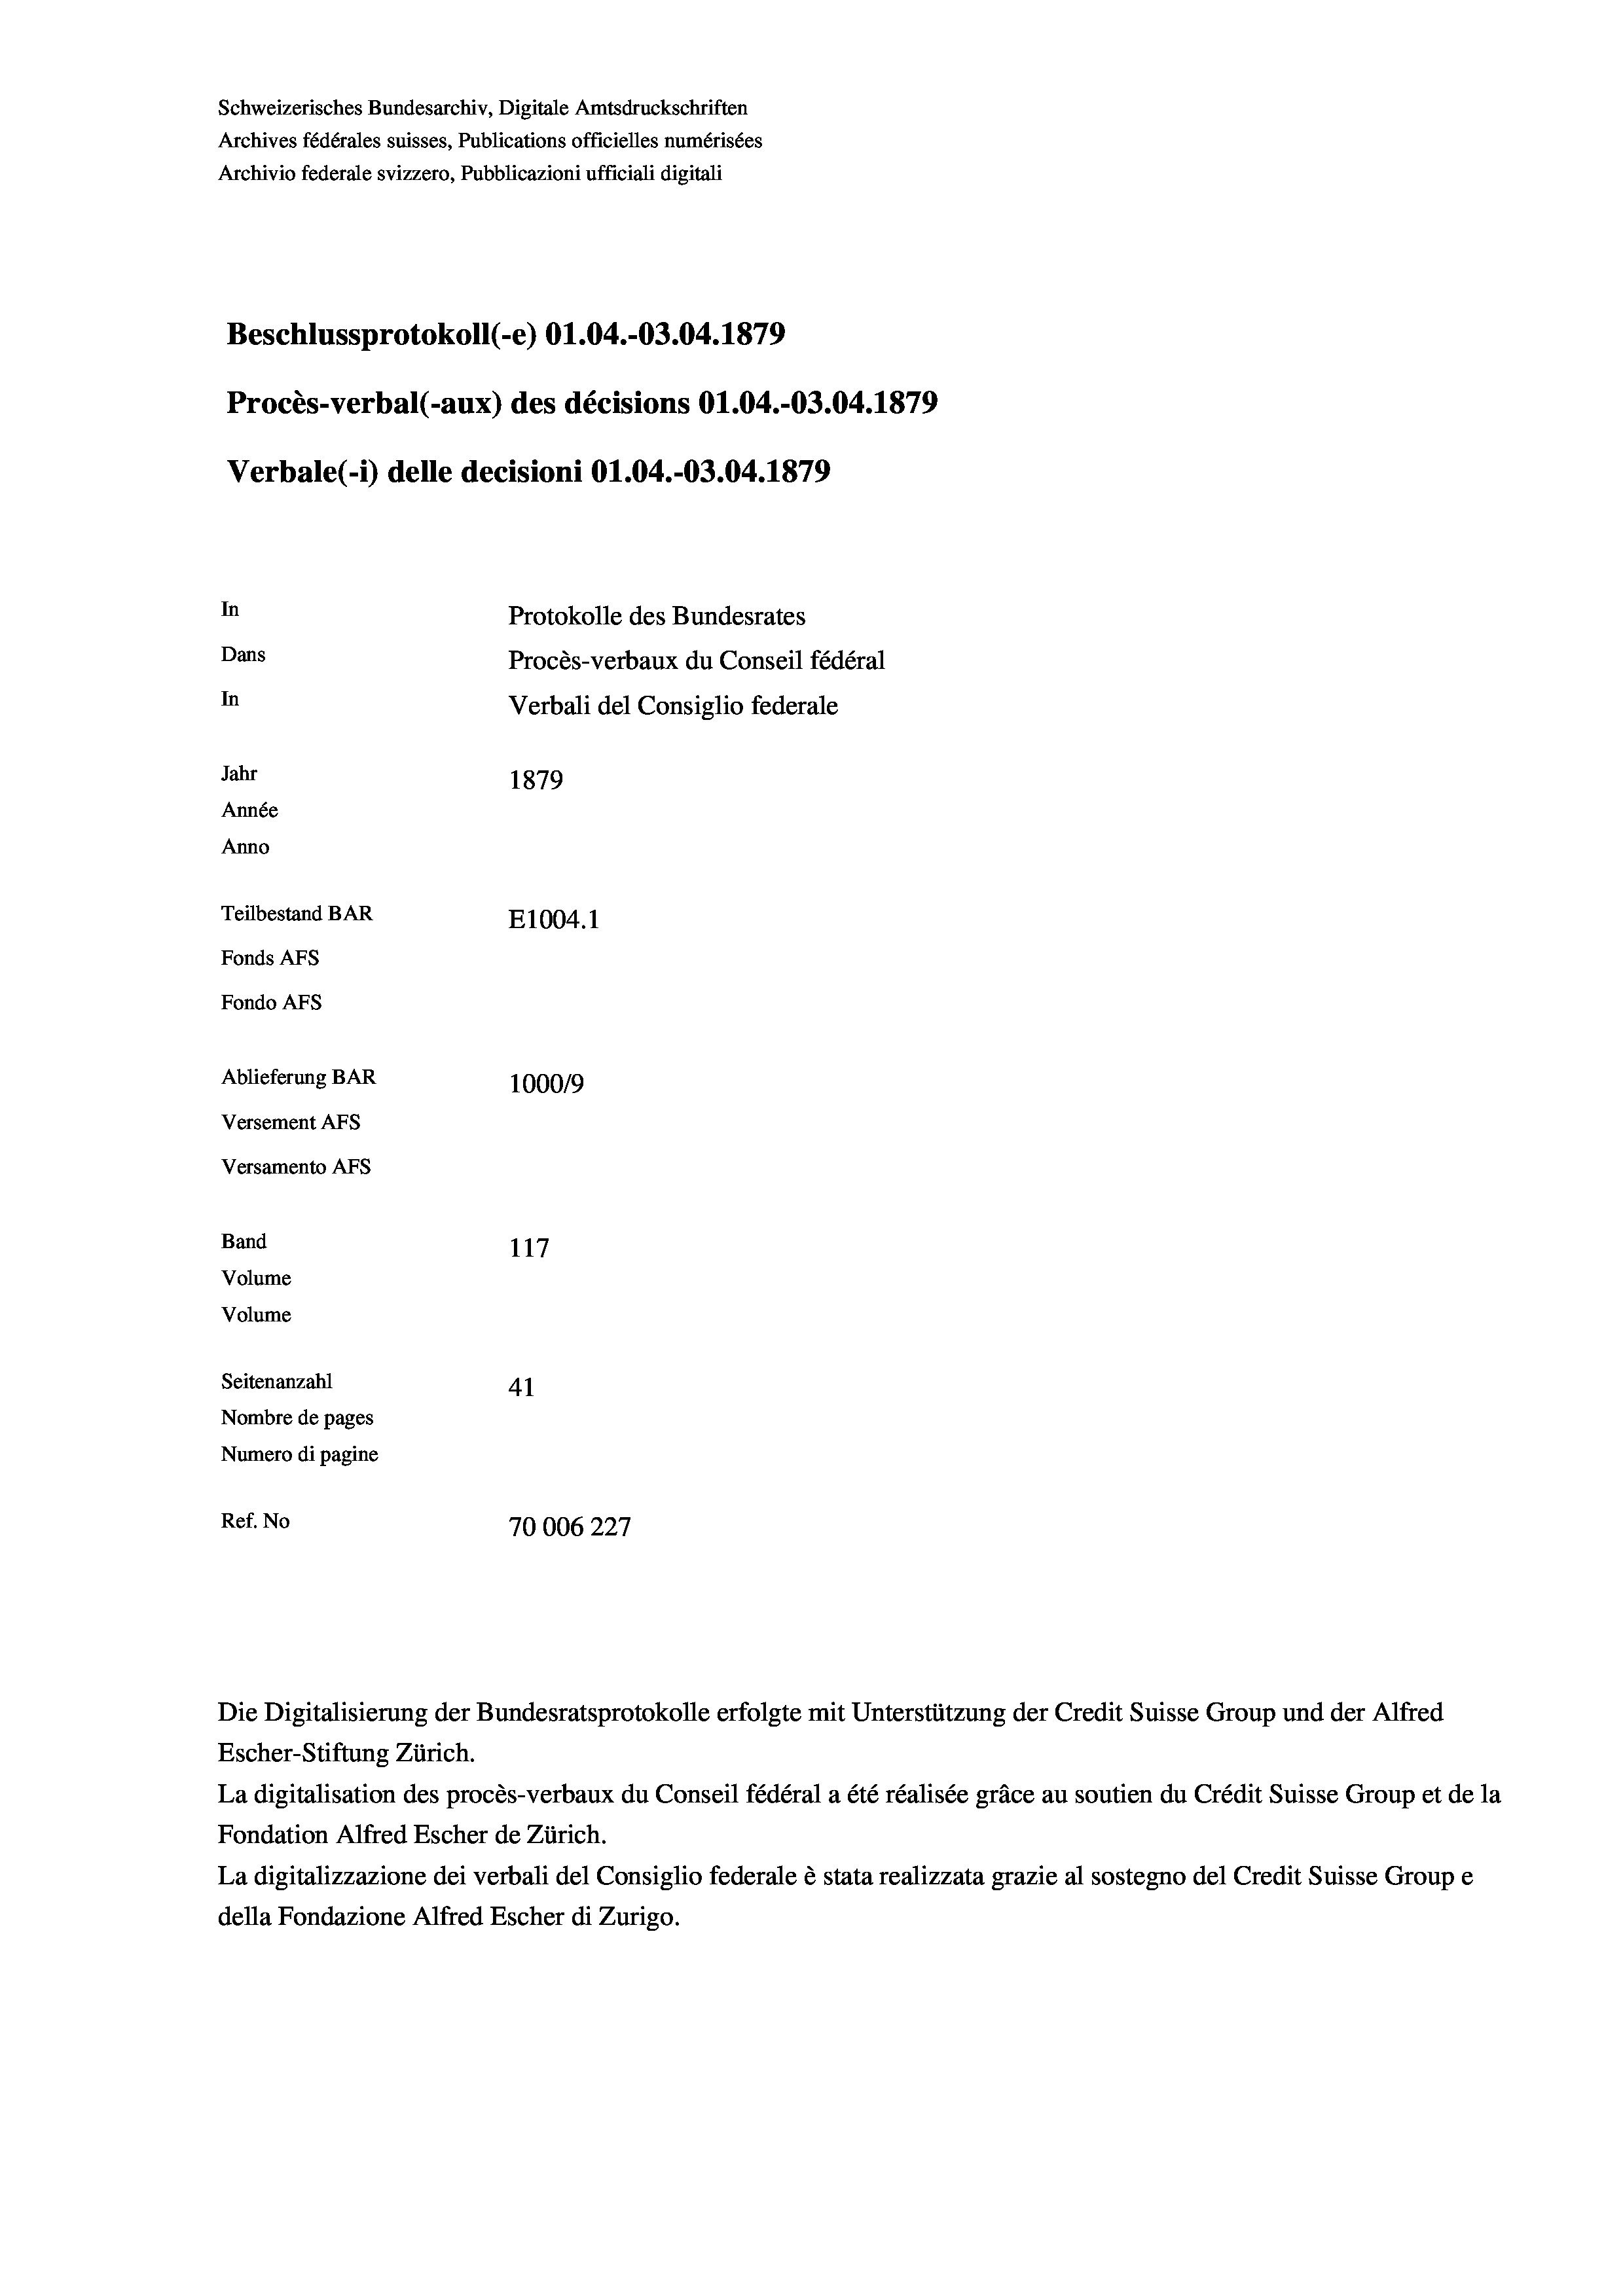
Schweizerisches Bundesarchiv, Digitale Amtsdruckschriften
Archives fédérales suisses, Publications officielles numérisées
Archivio federale svizzero, Pubblicazioni ufficiali digitali
Beschlussprotokoll (-e) O1.04.-03.04. 1879
Procès-verbal (-aux) des décisions 01.04.-03.04. 1879
Verbale (- 1) delle decisioni O1.04.-03.04. 1879
In
Protokolle des Bundesrates
Dans
Procès-verbaux du Conseil fédéral
In
Verbali del Consiglio federale
Jahr
1879
Année
Anno
Teilbestand BAR
E1004.1
Fonds AFs
Fondo AFS
Ablieferung BAR
100019
Versement AFs
Versamento Afs
Band
117
Volume
Volume

Seitenanzahl
41
Nombre de pages
Numero di pagine
Ref. No
70006227

Escher-Stiftung Zürich.
La digitalisation des procès-verbaux du Conseil fédéral a été réalisée gräce au soutien du Crédit Suisse Group et de la
Fondation Alfred Escher de Zürich.
La digitalizzazione dei verbali del Consiglio federale è stata realizzata grazie al sostegno del Credit Suisse Groupe
della Fondazione Alfred Escher di Zurigo.

Die Digitalisierung der Bundesratsprotokolle erfolgte mit Unterstützung der Credit Suisse Group und der Alfred